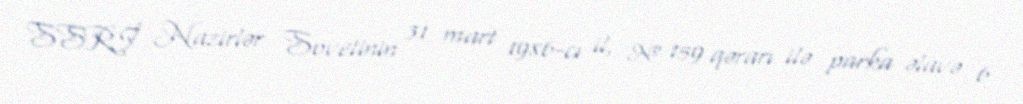
SSRİ Nazirlər Sovetinin 31 mart 1986-cı il, № 159 qərarı ilə parka əlavə 6